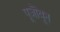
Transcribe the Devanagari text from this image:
पूजॊवून